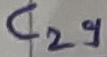
Text: C29